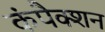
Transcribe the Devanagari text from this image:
कंपैक्शन